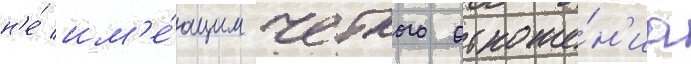
н'е́ им'е́ющим четкого отноше́н'иа